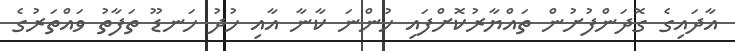
އާދައިގެ ގޮދަންފުށުން ތައްޔާރުކޮށްފައި ހުންނަ ކާނާ އާއި ހުދު ހަނޑޫ ތަފާތު ވައްތަރުގެ